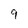
Character: 9